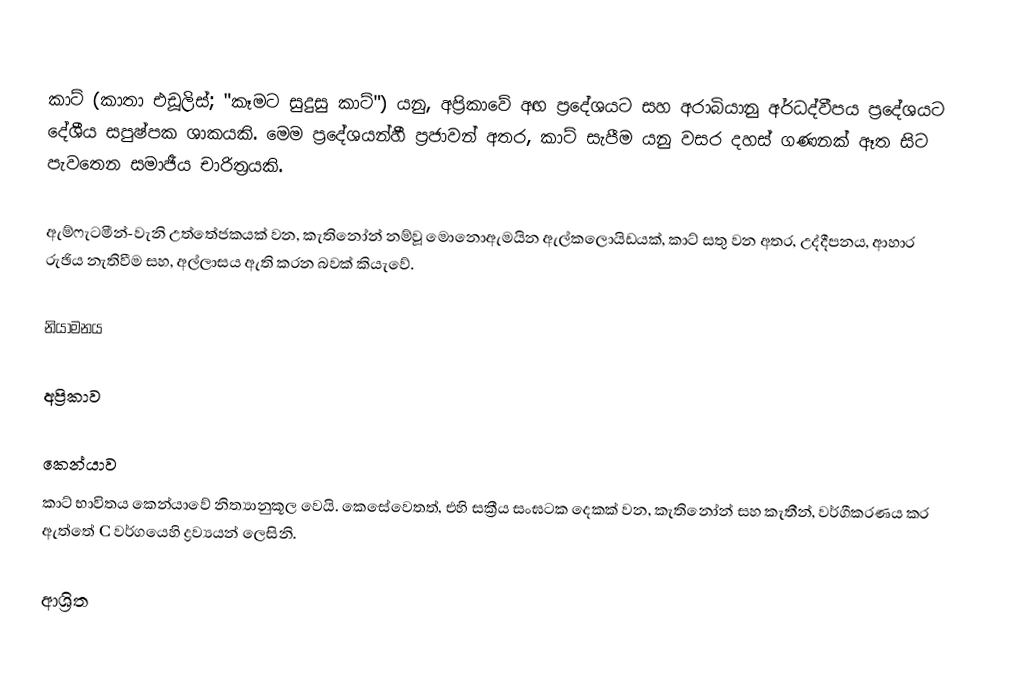
කාට්  (කාතා එඩූලිස්; "කෑමට සුදුසු කාට්") යනු,  අප්‍රිකාවේ අඟ ප්‍රදේශයට සහ  අරාබියානු අර්ධද්වීපය ප්‍රදේශයට දේශීය සපුෂ්පක ශාකයකි. මෙම ප්‍රදේශයන්හී ප්‍රජාවන් අතර, කාට් සැපීම යනු වසර දහස් ගණනක් ඈත සිට පැවතෙන සමාජීය චාරිත්‍රයකි.

ඇම්ෆැටමීන්-වැනි උත්තේජකයක් වන, කැතිනෝන් නම්වූ මොනොඇමයින ඇල්කලොයිඩයක්, කාට් සතු වන අතර, උද්දීපනය, ආහාර රුඡිය නැතිවීම සහ, අල්ලාසය ඇති කරන බවක් කියැවේ.

නියාමනය

අප්‍රිකාව

කෙන්යාව
කාට් භාවිතය කෙන්යාවේ නිත්‍යානුකූල වෙයි. කෙසේවෙතත්, එහි සක්‍රීය සංඝටක දෙකක් වන, කැතිනෝන් සහ කැතීන්, වර්ගීකරණය කර ඇත්තේ C වර්ගයෙහි ද්‍රව්‍යයන් ලෙසිනි.

ආශ්‍රිත